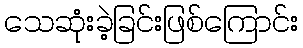
သေဆုံးခဲ့ခြင်းဖြစ်ကြောင်း